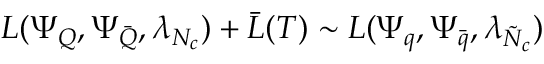
{ \cal L } ( \Psi _ { Q } , \Psi _ { \bar { Q } } , \lambda _ { N _ { c } } ) + \bar { { \cal L } } ( T ) \sim { \cal L } ( \Psi _ { q } , \Psi _ { \bar { q } } , \lambda _ { \tilde { N } _ { c } } )